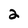
Character: 2